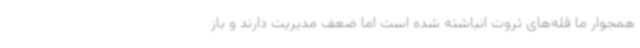
همجوار ما قله‌های ثروت انباشته شده است اما ضعف مدیریت دارند و باز